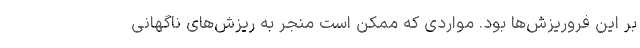
بر این فروریزش‌ها بود. مواردی که ممکن است منجر به ریزش‌های ناگهانی